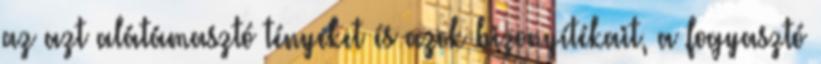
az azt alátámasztó tényeket és azok bizonyítékait, a fogyasztó